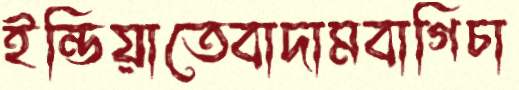
ইন্ডিয়াতেবাদামবাগিচা